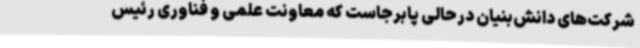
شرکت‌های دانش‌بنیان درحالی پابرجاست که معاونت علمی و فناوری رئیس